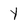
Character: Y